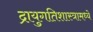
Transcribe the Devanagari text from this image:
द्रायुगतिशास्त्रामध्ये